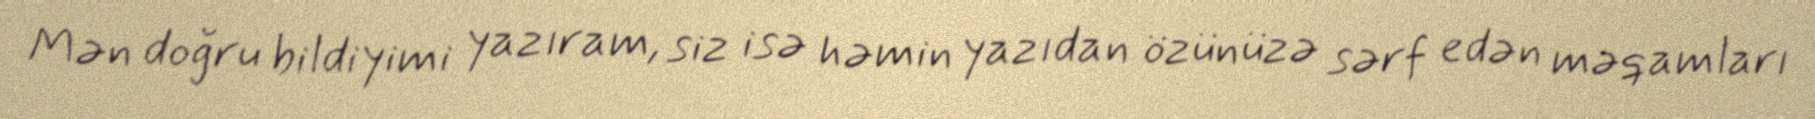
Mən doğru bildiyimi yazıram, siz isə həmin yazıdan özünüzə sərf edən məqamları